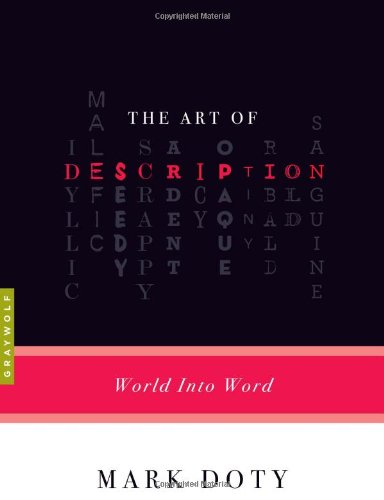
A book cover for The Art of Description: World into Word; Mark Doty; Reference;